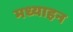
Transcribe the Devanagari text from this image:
मध्याहन